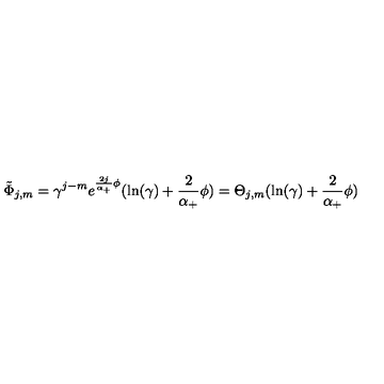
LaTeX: \tilde { \Phi } _ { j , m } = \gamma ^ { j - m } e ^ { \frac { 2 j } { \alpha _ { + } } \phi } ( \ln ( \gamma ) + \frac 2 { \alpha _ { + } } \phi ) = \Theta _ { j , m } ( \ln ( \gamma ) + \frac 2 { \alpha _ { + } } \phi )